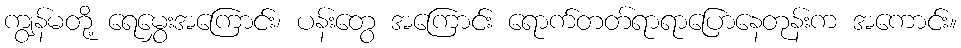
ကျွန်မတို့ ရေမွှေးအကြောင်း၊ ပန်းတွေ အကြောင်း ရောက်တတ်ရာရာပြောနေတုန်းက အကောင်း။